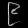
Digit: ၉